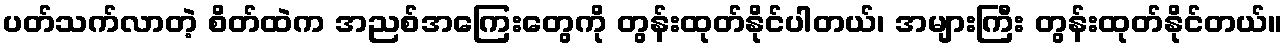
ပတ်သက်လာတဲ့ စိတ်ထဲက အညစ်အကြေးတွေကို တွန်းထုတ်နိုင်ပါတယ်၊ အများကြီး တွန်းထုတ်နိုင်တယ်။